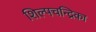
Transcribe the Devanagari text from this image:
शिल्पचन्द्रिका